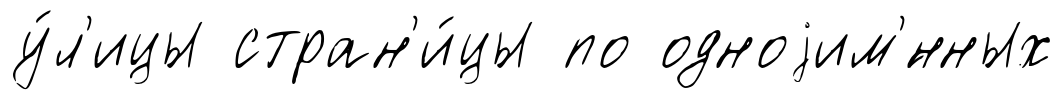
у́л'ицы стран'и́цы по одноjим'́нных